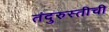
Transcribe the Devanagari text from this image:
तंदुरुस्तीची